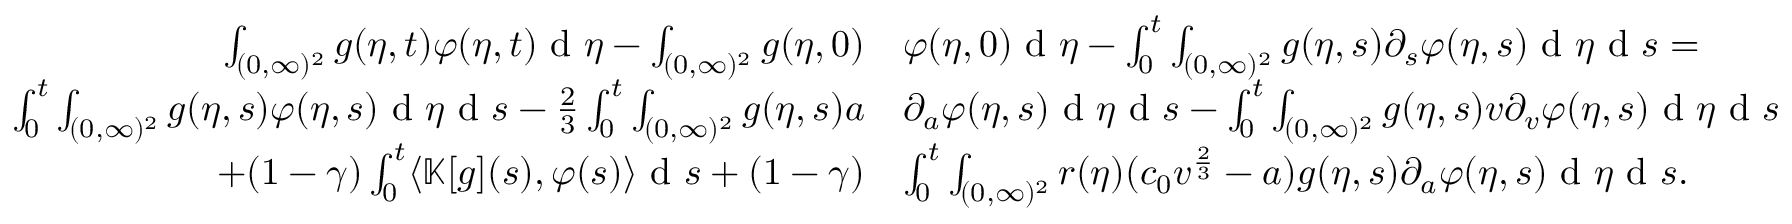
\begin{array} { r l } { \int _ { ( 0 , \infty ) ^ { 2 } } g ( \eta , t ) \varphi ( \eta , t ) \textup { d } \eta - \int _ { ( 0 , \infty ) ^ { 2 } } g ( \eta , 0 ) } & { \varphi ( \eta , 0 ) \textup { d } \eta - \int _ { 0 } ^ { t } \int _ { ( 0 , \infty ) ^ { 2 } } g ( \eta , s ) \partial _ { s } \varphi ( \eta , s ) \textup { d } \eta \textup { d } s = } \\ { \int _ { 0 } ^ { t } \int _ { ( 0 , \infty ) ^ { 2 } } g ( \eta , s ) \varphi ( \eta , s ) \textup { d } \eta \textup { d } s - \frac { 2 } { 3 } \int _ { 0 } ^ { t } \int _ { ( 0 , \infty ) ^ { 2 } } g ( \eta , s ) a } & { \partial _ { a } \varphi ( \eta , s ) \textup { d } \eta \textup { d } s - \int _ { 0 } ^ { t } \int _ { ( 0 , \infty ) ^ { 2 } } g ( \eta , s ) v \partial _ { v } \varphi ( \eta , s ) \textup { d } \eta \textup { d } s } \\ { + ( 1 - \gamma ) \int _ { 0 } ^ { t } \langle \mathbb { K } [ g ] ( s ) , \varphi ( s ) \rangle \textup { d } s + ( 1 - \gamma ) } & { \int _ { 0 } ^ { t } \int _ { ( 0 , \infty ) ^ { 2 } } r ( \eta ) ( c _ { 0 } v ^ { \frac { 2 } { 3 } } - a ) g ( \eta , s ) \partial _ { a } \varphi ( \eta , s ) \textup { d } \eta \textup { d } s . } \end{array}